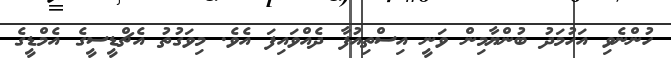
ހުންނެވި އަހުމަދު ބުންޔާމިން ވަނީ އިސްތިއުފާ ދެއްވައިފަ އެވެ. މިވަގުތު އެޗްޑީސީގެ އެމްޑީގެ